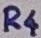
Text: R4